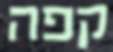
קפה